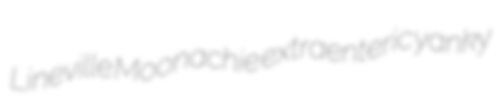
Lineville Moonachie extraenteric yanky